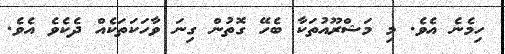
ހިމެނެ އެވެ. މި މަޝްރޫއުތަކާ ބެހޭ ގޮތުން ގިނަ ވާހަކަތަކެއް ދެކެވެ އެވެ.